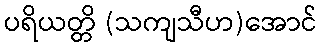
ပရိယတ္တိ (သကျသီဟ)အောင်